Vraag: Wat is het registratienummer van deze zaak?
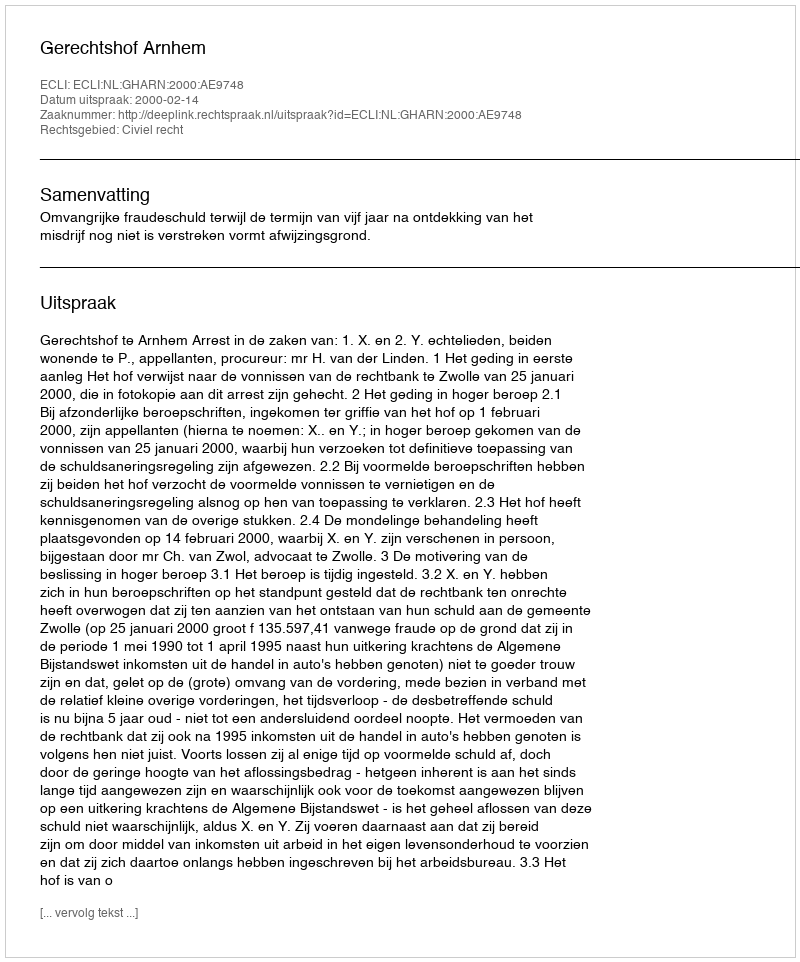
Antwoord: http://deeplink.rechtspraak.nl/uitspraak?id=ECLI:NL:GHARN:2000:AE9748